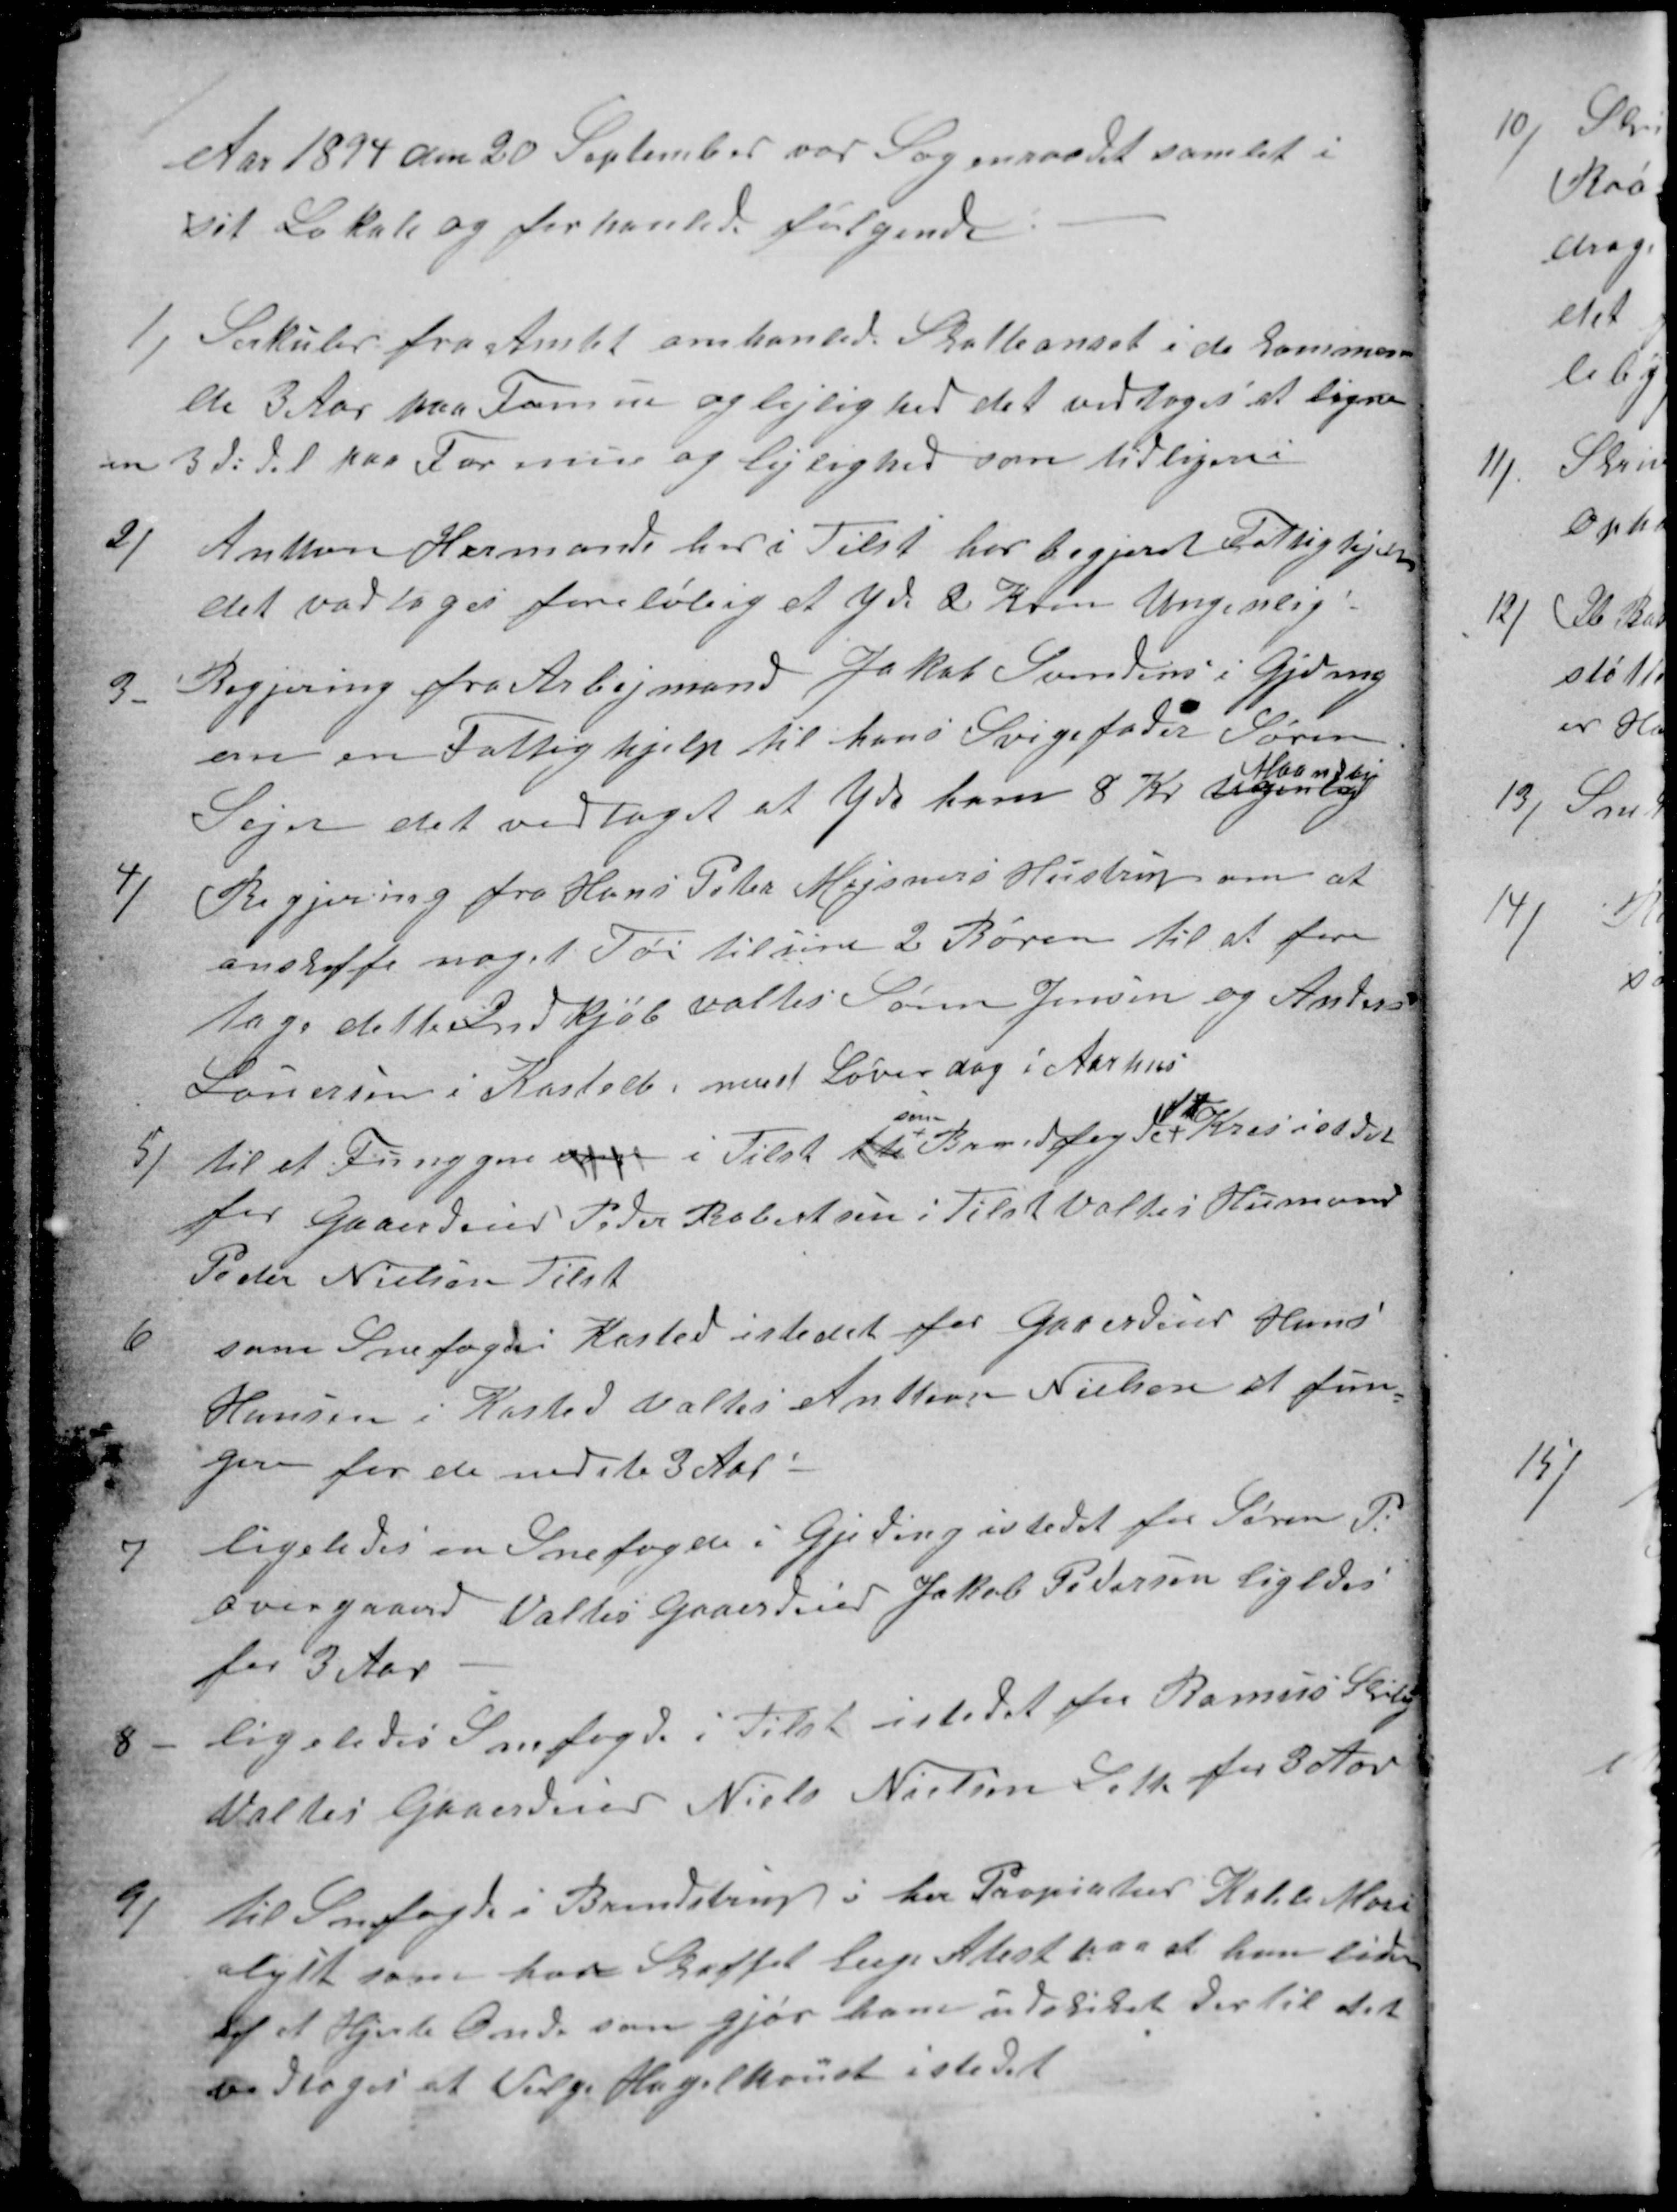
Transskription:
Aar 1894 den 20 September var Sogneraadet samlet i
sit Lokale og forhanlede følgende
1)
Sirkuler fra Amtet omhandlede Skatteansat i de kommen-
de 3 Aar paa Formue og lejlighed det vedtoges at ligne
en 3di del paa Formue og Lejlighed som tidligere i
2)
Anthon Hermands her i Tilst her begjeret Fattighjelp
det vedtoges foreløbig at yde 2 Kron Ungenlig.
3.
Begjering fra Arbejmand Jakob Svendens i Gjeding
om en Fattighjelp til hans Svigefader Søren
Sejer det vedtaget at yde ham 8 Kr ugenlig
Maandlig
4)
Begjering fra Hans Peter Mejsners Hustru om at
anskaffe noget Tøi til sine 2 Børen til at fore
tage dette Indkjøb valtes Søren Jensen og Anders
Lauersen i Kasted, nest Løverdag i Aarhus
5)
til et Funggere som i Tilst til
som
Brandfogde 
ft
Kres istedet
for Gaardeier Peder Robertsen i Tilst Valtes Husmand
Peder Nielsen Tilst
6
som Snefogde i Kasted istedet for Gaardeier Hans
Hansen i Kasted Valles Anton Nielsen at fun-
gere for de nedste 3 Aar -
7
ligeledes en Snefoged i Gjeding istedet for Søren P.
Overgaard Valtes Gaardeier Jakob Pedersen ligedes
for 3 Aar
8
ligeledes Snefogde i Tilst istedet for Ramus Skiby
Valtes Gaardeier Niels Nielsen Leth for 3 Aar
9)
til Snefogde i Brendstrup; her Propiatær Kabell Mari
elyst som har Skaffet lege Atest paa at han lider
af et Hjerte Onde som gjør ham udslidet dertil det
vedtoges at Velge Hagelkvist istedet